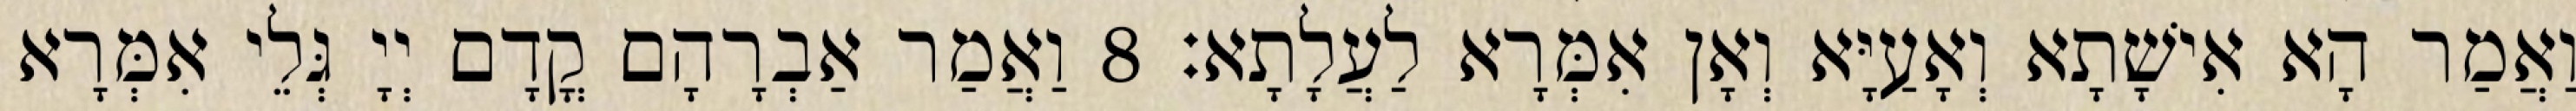
וַאֲמַר הָא אִישָׁתָא וְאָעַיָּא וְאָן אִמְּרָא לַעֲלָתָא׃ 8 וַאֲמַר אַבְרָהָם קֳדָם יְיָ גְּלֵי אִמְּרָא